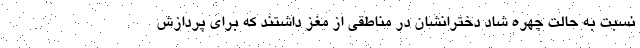
نسبت به حالت چهره شاد دخترانشان در مناطقی از مغز داشتند که برای پردازش